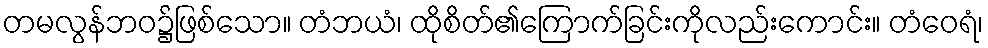
တမလွန်ဘဝ၌ဖြစ်သော။ တံဘယံ၊ ထိုစိတ်၏ကြောက်ခြင်းကိုလည်းကောင်း။ တံဝေရံ၊